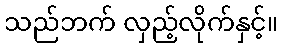
သည်ဘက် လှည့်လိုက်နှင့်။